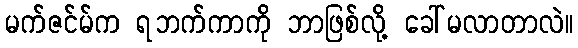
မက်ဇင်မ်က ရဘက်ကာကို ဘာဖြစ်လို့ ခေါ်မလာတာလဲ။